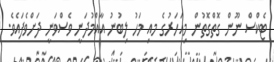
ޓެކްސް ނޫން ގޮތްގޮތުން މިއަހަރުގެ މއި މަހު ލިބުނު އާއްމުދަނީ ވެސްވަނީ ދަށްވެފައެވެ.